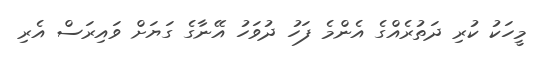
މީހަކު ކުރި ދަތުރެއްގެ އެންމެ ފަހު ދުވަހު އޭނާގެ ގަޔަށް ވައިރަސް އެރި